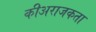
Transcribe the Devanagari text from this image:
कीअराजकता